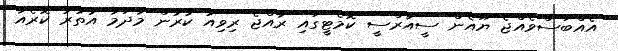
އެއްބަސްވެއްޖެ ޔޫއެން ސީއާރްސީ ކޮމެޓީގައި ރާއްޖެ ރިވިއު ކުރުން މާދަމާ އުތުރު ކޮރެއާ